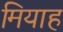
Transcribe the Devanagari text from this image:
मियाह